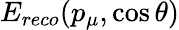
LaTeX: E_{reco}(p_{\mu},\cos\theta)